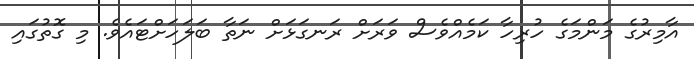
އާމިރުގެ މަންމަގެ ހުރިހާ ކަމެއްވެސް ވަރަށް ރަނގަޅަށް ނަތާ ބަލަހަށްޓައެވެ. މި ގޮތުގައި